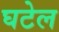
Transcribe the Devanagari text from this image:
घटेल